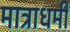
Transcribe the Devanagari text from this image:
मात्राधर्मी